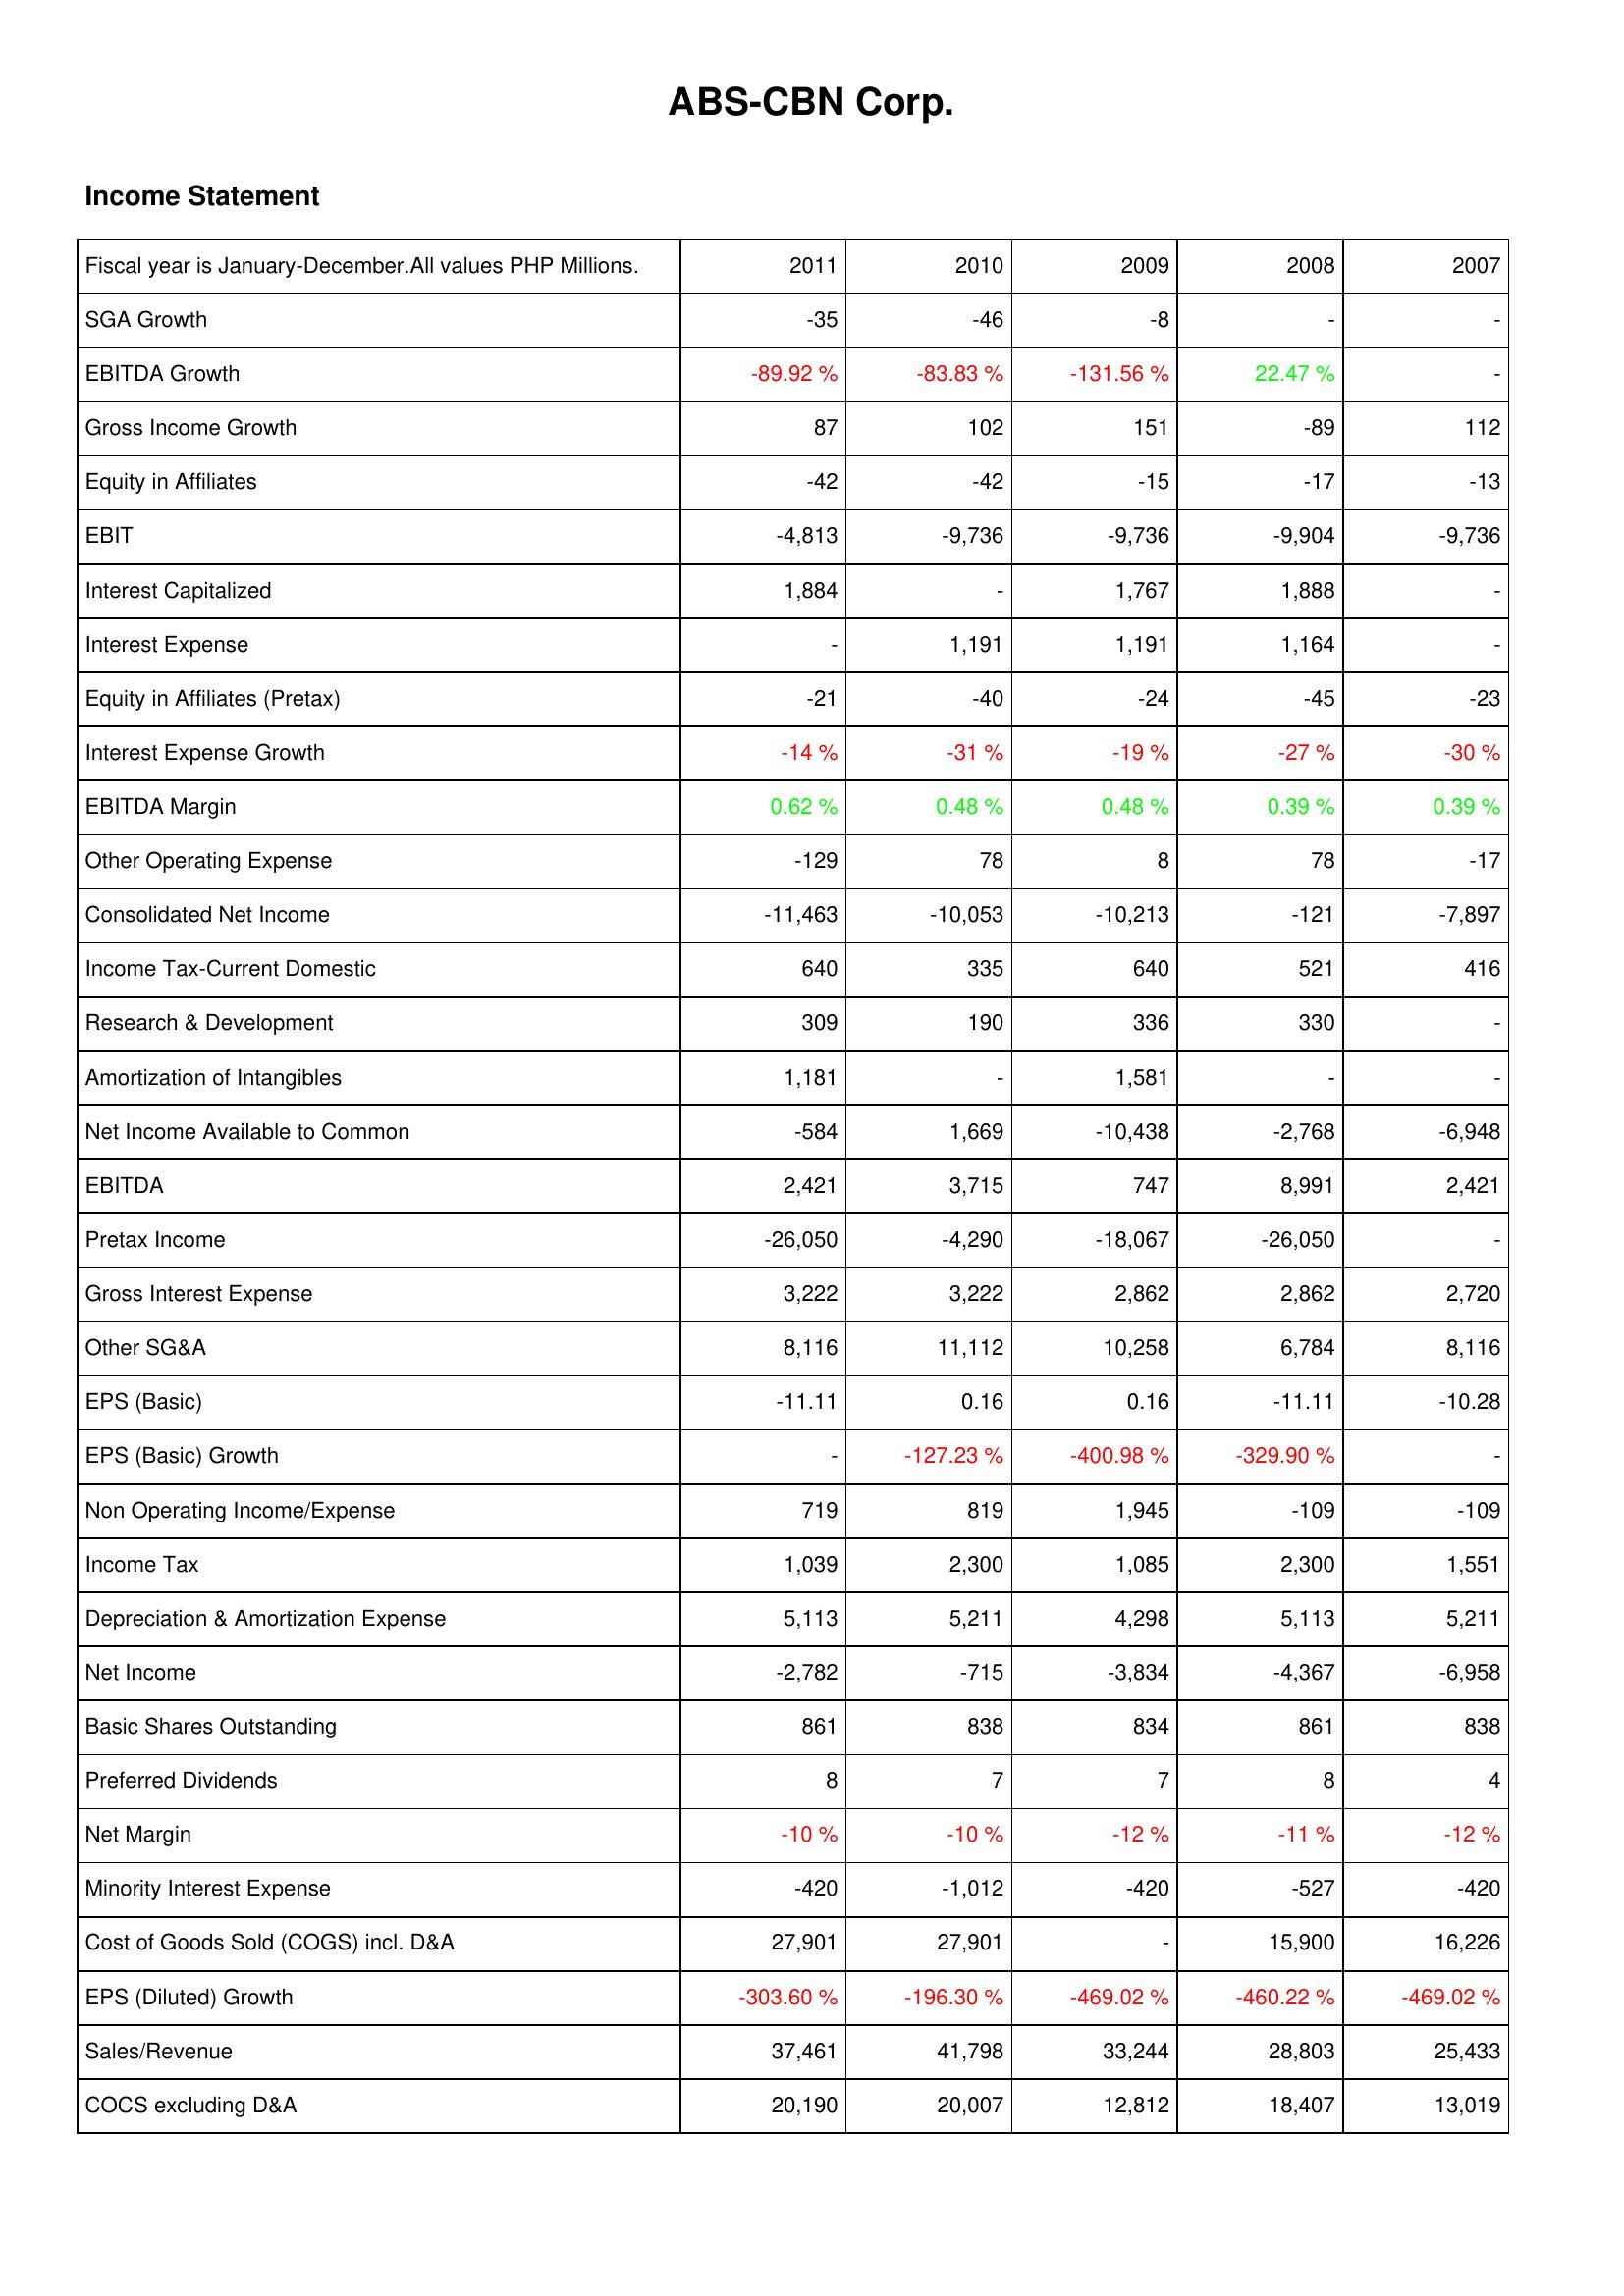
2011: Income Statement: SGA Growth: -35
EBITDA Growth: -89.92 %
Gross Income Growth: 87
Equity in Affiliates: -42
EBIT: -4,813
Interest Capitalized: 1,884
Interest Expense: -
Equity in Affiliates (Pretax): -21
Interest Expense Growth: -14 %
EBITDA Margin: 0.62 %
Other Operating Expense: -129
Consolidated Net Income: -11,463
Income Tax-Current Domestic: 640
Research & Development: 309
Amortization of Intangibles: 1,181
Net Income Available to Common: -584
EBITDA: 2,421
Pretax Income: -26,050
Gross Interest Expense: 3,222
Other SG&A: 8,116
EPS (Basic): -11.11
EPS (Basic) Growth: -
Non Operating Income/Expense: 719
Income Tax: 1,039
Depreciation & Amortization Expense: 5,113
Net Income: -2,782
Basic Shares Outstanding: 861
Preferred Dividends: 8
Net Margin: -10 %
Minority Interest Expense: -420
Cost of Goods Sold (COGS) incl. D&A: 27,901
EPS (Diluted) Growth: -303.60 %
Sales/Revenue: 37,461
COCS excluding D&A: 20,190
2010: Income Statement: SGA Growth: -46
EBITDA Growth: -83.83 %
Gross Income Growth: 102
Equity in Affiliates: -42
EBIT: -9,736
Interest Capitalized: -
Interest Expense: 1,191
Equity in Affiliates (Pretax): -40
Interest Expense Growth: -31 %
EBITDA Margin: 0.48 %
Other Operating Expense: 78
Consolidated Net Income: -10,053
Income Tax-Current Domestic: 335
Research & Development: 190
Amortization of Intangibles: -
Net Income Available to Common: 1,669
EBITDA: 3,715
Pretax Income: -4,290
Gross Interest Expense: 3,222
Other SG&A: 11,112
EPS (Basic): 0.16
EPS (Basic) Growth: -127.23 %
Non Operating Income/Expense: 819
Income Tax: 2,300
Depreciation & Amortization Expense: 5,211
Net Income: -715
Basic Shares Outstanding: 838
Preferred Dividends: 7
Net Margin: -10 %
Minority Interest Expense: -1,012
Cost of Goods Sold (COGS) incl. D&A: 27,901
EPS (Diluted) Growth: -196.30 %
Sales/Revenue: 41,798
COCS excluding D&A: 20,007
2009: Income Statement: SGA Growth: -8
EBITDA Growth: -131.56 %
Gross Income Growth: 151
Equity in Affiliates: -15
EBIT: -9,736
Interest Capitalized: 1,767
Interest Expense: 1,191
Equity in Affiliates (Pretax): -24
Interest Expense Growth: -19 %
EBITDA Margin: 0.48 %
Other Operating Expense: 8
Consolidated Net Income: -10,213
Income Tax-Current Domestic: 640
Research & Development: 336
Amortization of Intangibles: 1,581
Net Income Available to Common: -10,438
EBITDA: 747
Pretax Income: -18,067
Gross Interest Expense: 2,862
Other SG&A: 10,258
EPS (Basic): 0.16
EPS (Basic) Growth: -400.98 %
Non Operating Income/Expense: 1,945
Income Tax: 1,085
Depreciation & Amortization Expense: 4,298
Net Income: -3,834
Basic Shares Outstanding: 834
Preferred Dividends: 7
Net Margin: -12 %
Minority Interest Expense: -420
Cost of Goods Sold (COGS) incl. D&A: -
EPS (Diluted) Growth: -469.02 %
Sales/Revenue: 33,244
COCS excluding D&A: 12,812
2008: Income Statement: SGA Growth: -
EBITDA Growth: 22.47 %
Gross Income Growth: -89
Equity in Affiliates: -17
EBIT: -9,904
Interest Capitalized: 1,888
Interest Expense: 1,164
Equity in Affiliates (Pretax): -45
Interest Expense Growth: -27 %
EBITDA Margin: 0.39 %
Other Operating Expense: 78
Consolidated Net Income: -121
Income Tax-Current Domestic: 521
Research & Development: 330
Amortization of Intangibles: -
Net Income Available to Common: -2,768
EBITDA: 8,991
Pretax Income: -26,050
Gross Interest Expense: 2,862
Other SG&A: 6,784
EPS (Basic): -11.11
EPS (Basic) Growth: -329.90 %
Non Operating Income/Expense: -109
Income Tax: 2,300
Depreciation & Amortization Expense: 5,113
Net Income: -4,367
Basic Shares Outstanding: 861
Preferred Dividends: 8
Net Margin: -11 %
Minority Interest Expense: -527
Cost of Goods Sold (COGS) incl. D&A: 15,900
EPS (Diluted) Growth: -460.22 %
Sales/Revenue: 28,803
COCS excluding D&A: 18,407
2007: Income Statement: SGA Growth: -
EBITDA Growth: -
Gross Income Growth: 112
Equity in Affiliates: -13
EBIT: -9,736
Interest Capitalized: -
Interest Expense: -
Equity in Affiliates (Pretax): -23
Interest Expense Growth: -30 %
EBITDA Margin: 0.39 %
Other Operating Expense: -17
Consolidated Net Income: -7,897
Income Tax-Current Domestic: 416
Research & Development: -
Amortization of Intangibles: -
Net Income Available to Common: -6,948
EBITDA: 2,421
Pretax Income: -
Gross Interest Expense: 2,720
Other SG&A: 8,116
EPS (Basic): -10.28
EPS (Basic) Growth: -
Non Operating Income/Expense: -109
Income Tax: 1,551
Depreciation & Amortization Expense: 5,211
Net Income: -6,958
Basic Shares Outstanding: 838
Preferred Dividends: 4
Net Margin: -12 %
Minority Interest Expense: -420
Cost of Goods Sold (COGS) incl. D&A: 16,226
EPS (Diluted) Growth: -469.02 %
Sales/Revenue: 25,433
COCS excluding D&A: 13,019